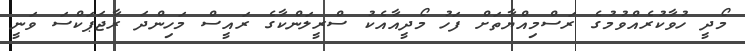
މޯދީ ހުވާކުރެއްވުމުގެ ރަސްމިއްޔާތަށް ފަހު މޯދީއާއެކު ސްރީލަންކާގެ ރައީސް މަހިންދަ ރާޖަޕަކްސަ ވަނީ